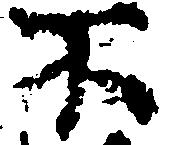
不